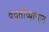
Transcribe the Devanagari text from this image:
वदतोव्याघात